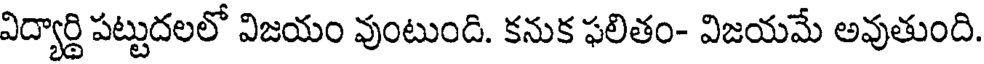
విద్యార్థి పట్టుదలలో విజయం వుంటుంది. కనుక ఫలితం- విజయమే అవుతుంది.